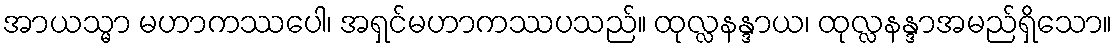
အာယသ္မာ မဟာကဿပေါ၊ အရှင်မဟာကဿပသည်။ ထုလ္လနန္ဒာယ၊ ထုလ္လနန္ဒာအမည်ရှိသော။